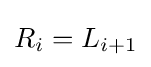
R_{i}=L_{i+1}